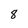
Character: 8